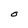
Character: O